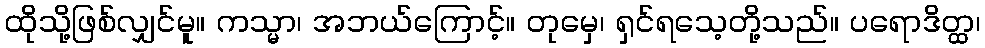
ထိုသို့ဖြစ်လျှင်မူ။ ကသ္မာ၊ အဘယ်ကြောင့်။ တုမှေ၊ ရှင်ရသေ့တို့သည်။ ပရောဒိတ္ထ၊